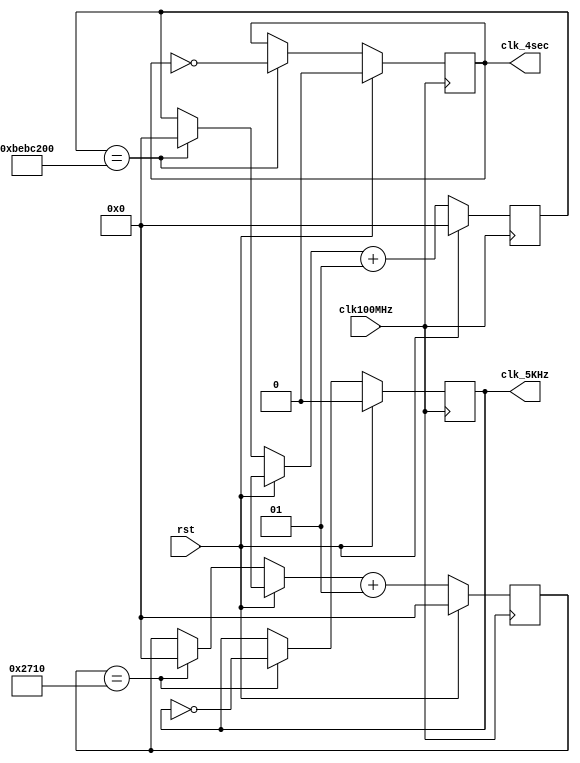
module clk_gen (
        input  wire clk100MHz,
        input  wire rst,
        output reg  clk_4sec,
        output reg  clk_5KHz
    );

    integer count1, count2;

    always @ (posedge clk100MHz) begin
        if (rst) begin
            count1 = 0;
            count2 = 0;
            clk_5KHz = 0;
            clk_4sec = 0;
        end
        else begin
            if (count1 == 200000000) begin
                clk_4sec = ~clk_4sec;
                count1 = 0;
            end

            if (count2 == 10000) begin
                clk_5KHz = ~clk_5KHz;
                count2 = 0;
            end

            count1 = count1 + 1;
            count2 = count2 + 1;            
        end
    end

endmodule